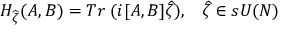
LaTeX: H _ { \widehat { \zeta } } ( A , B ) = T r \; ( i [ A , B ] \widehat { \zeta } ) , \; \; \; \widehat { \zeta } \in s U ( N ) \,